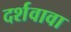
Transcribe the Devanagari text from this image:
दर्शवावा